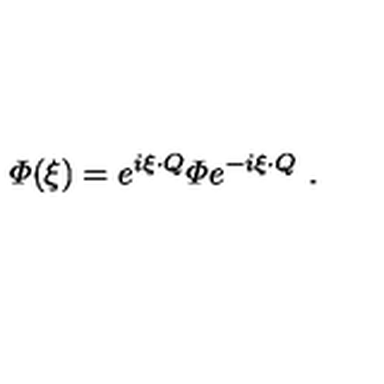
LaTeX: { \mit \Phi } ( \xi ) = e ^ { i \xi \cdot Q } { \mit \Phi } e ^ { - i \xi \cdot Q } \ .